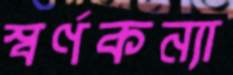
স্বর্ণকন্যা